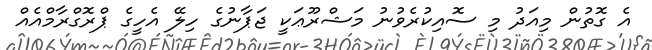
އެ ގޮތުން މިއަދު މި ސޮއިކުރެވުނު މަޝްރޫޢަކީ ޖަޕާނުގެ ހިލޭ އެހީގެ ޕްރޮގްރާމްއެއް